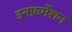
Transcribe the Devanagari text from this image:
इनफ़र्मेशन